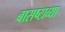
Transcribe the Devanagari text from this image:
बासष्टाव्या